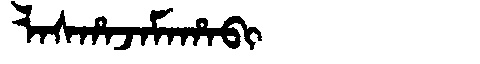
Manchu: ᠯᠠᠰᡥᠠᠵᠠᠮᠠᡥᠠᠪᡳ
Romanization: LASHAJAMAHABI